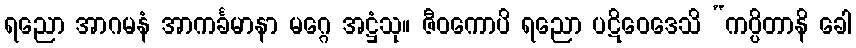
ရညော အာဂမနံ အာကင်္ခမာနာ မဂ္ဂေ အဋ္ဌံသု။ ဇီဝကောပိ ရညော ပဋိဝေဒေသိ “ကပ္ပိတာနိ ခေါ